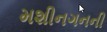
મશીનગનની